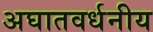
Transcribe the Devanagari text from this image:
अघातवर्धनीय